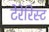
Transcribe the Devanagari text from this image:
टेरेरिस्ट